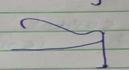
Signature authenticity: forged